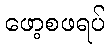
ဖော့စဖရပ်